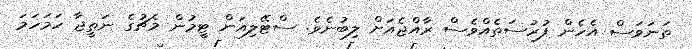
ތަނަވަސް އެހެން ފުރުސަތެއްވެސް ރާއްޖެއަށް ލިބުނެވެ. ސްޓޭލިއަން ޓީމުން މެޗުގެ ނަތީޖާ ހަމަހަމަ